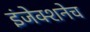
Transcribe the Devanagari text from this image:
इंजेक्शनेच